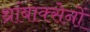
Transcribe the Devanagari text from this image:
थ्रांबाक्सेनों